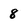
Character: 8